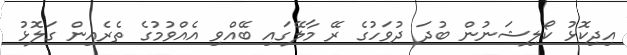
އިދިކޮޅު ކޯލިޝަނުން ބުދަ ދުވަހުގެ ރޭ މާލޭގައި ބޭއްވި އެއްވުމުގެ ތެރެއިން ގަލޮޅު